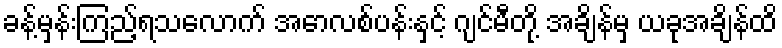
ခန့်မှန်းကြည့်ရသလောက် အောလစ်ပန်းနှင့် ဂျင်မီတို့ အချိန်မှ ယခုအချိန်ထိ